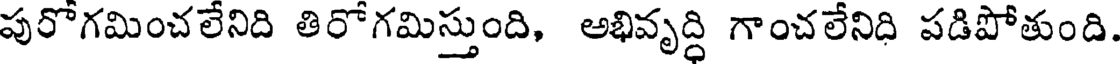
పురోగమించలేనిది తిరోగమిస్తుంది, అభివృద్ధి గాంచలేనిది పడిపోతుంది.